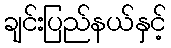
ချင်းပြည်နယ်နှင့်